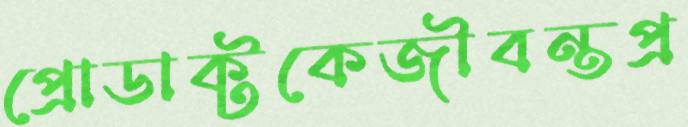
প্রোডাক্টকেজীবন্তপ্র